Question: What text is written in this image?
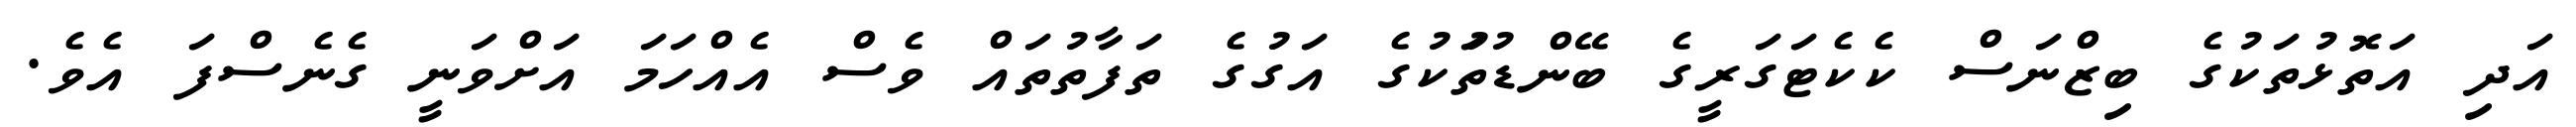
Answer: އަދި އަތޮޅުތަކުގެ ބިޒްނަސް ކެކެޓަގަރީގެ ބޭންޑުތަުކުގެ އަގުގެ ތަފާތުތައް ވެސް އެއްހަމަ އަށްވަނީ ގެނެސްފަ އެވެ.